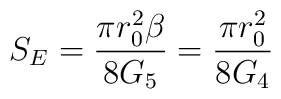
S_{E} = \frac{\pi r_{0}^{2} \beta}{8 G_{5}} = \frac{\pi r_{0}^{2}}{8 G_{4}}